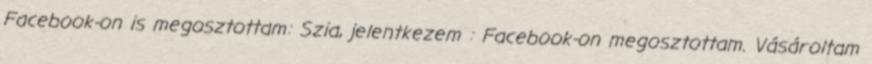
Facebook-on is megosztottam: Szia, jelentkezem : Facebook-on megosztottam. Vásároltam